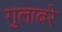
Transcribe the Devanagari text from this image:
गुलाबरे